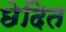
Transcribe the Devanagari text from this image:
छेदित